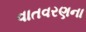
વાતવરણના